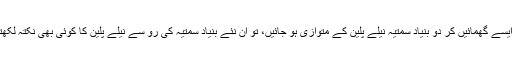
اگر ہم ان قدرتی بنیاد سمتیہ کو ایسے گھمائیں کر دو بنیاد سمتیہ نیلے پلین کے متوازی ہو جائیں، تو ان نئے بنیاد سمتیہ کی رو سے نیلے پلین کا کوئی بھی نکتہ لکھتے ہوئے تیسرا عدد صفر ہو گا۔